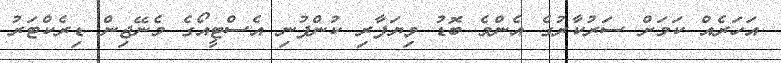
އަހަރެއް ކަމަށް ސަރުކާރުގެ އެންމެ ބޮޑު ވިޔަފާރި ކުންފުނި އެސްޓީއޯގެ މެނޭޖިން ޑިރެކްޓަރު